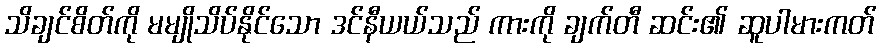
သိချင်စိတ်ကို မမျိုသိပ်နိုင်သော ဒင်နီယယ်သည် ကားကို ချက်တီ ဆင်း၏ ဆူပါမားကတ်